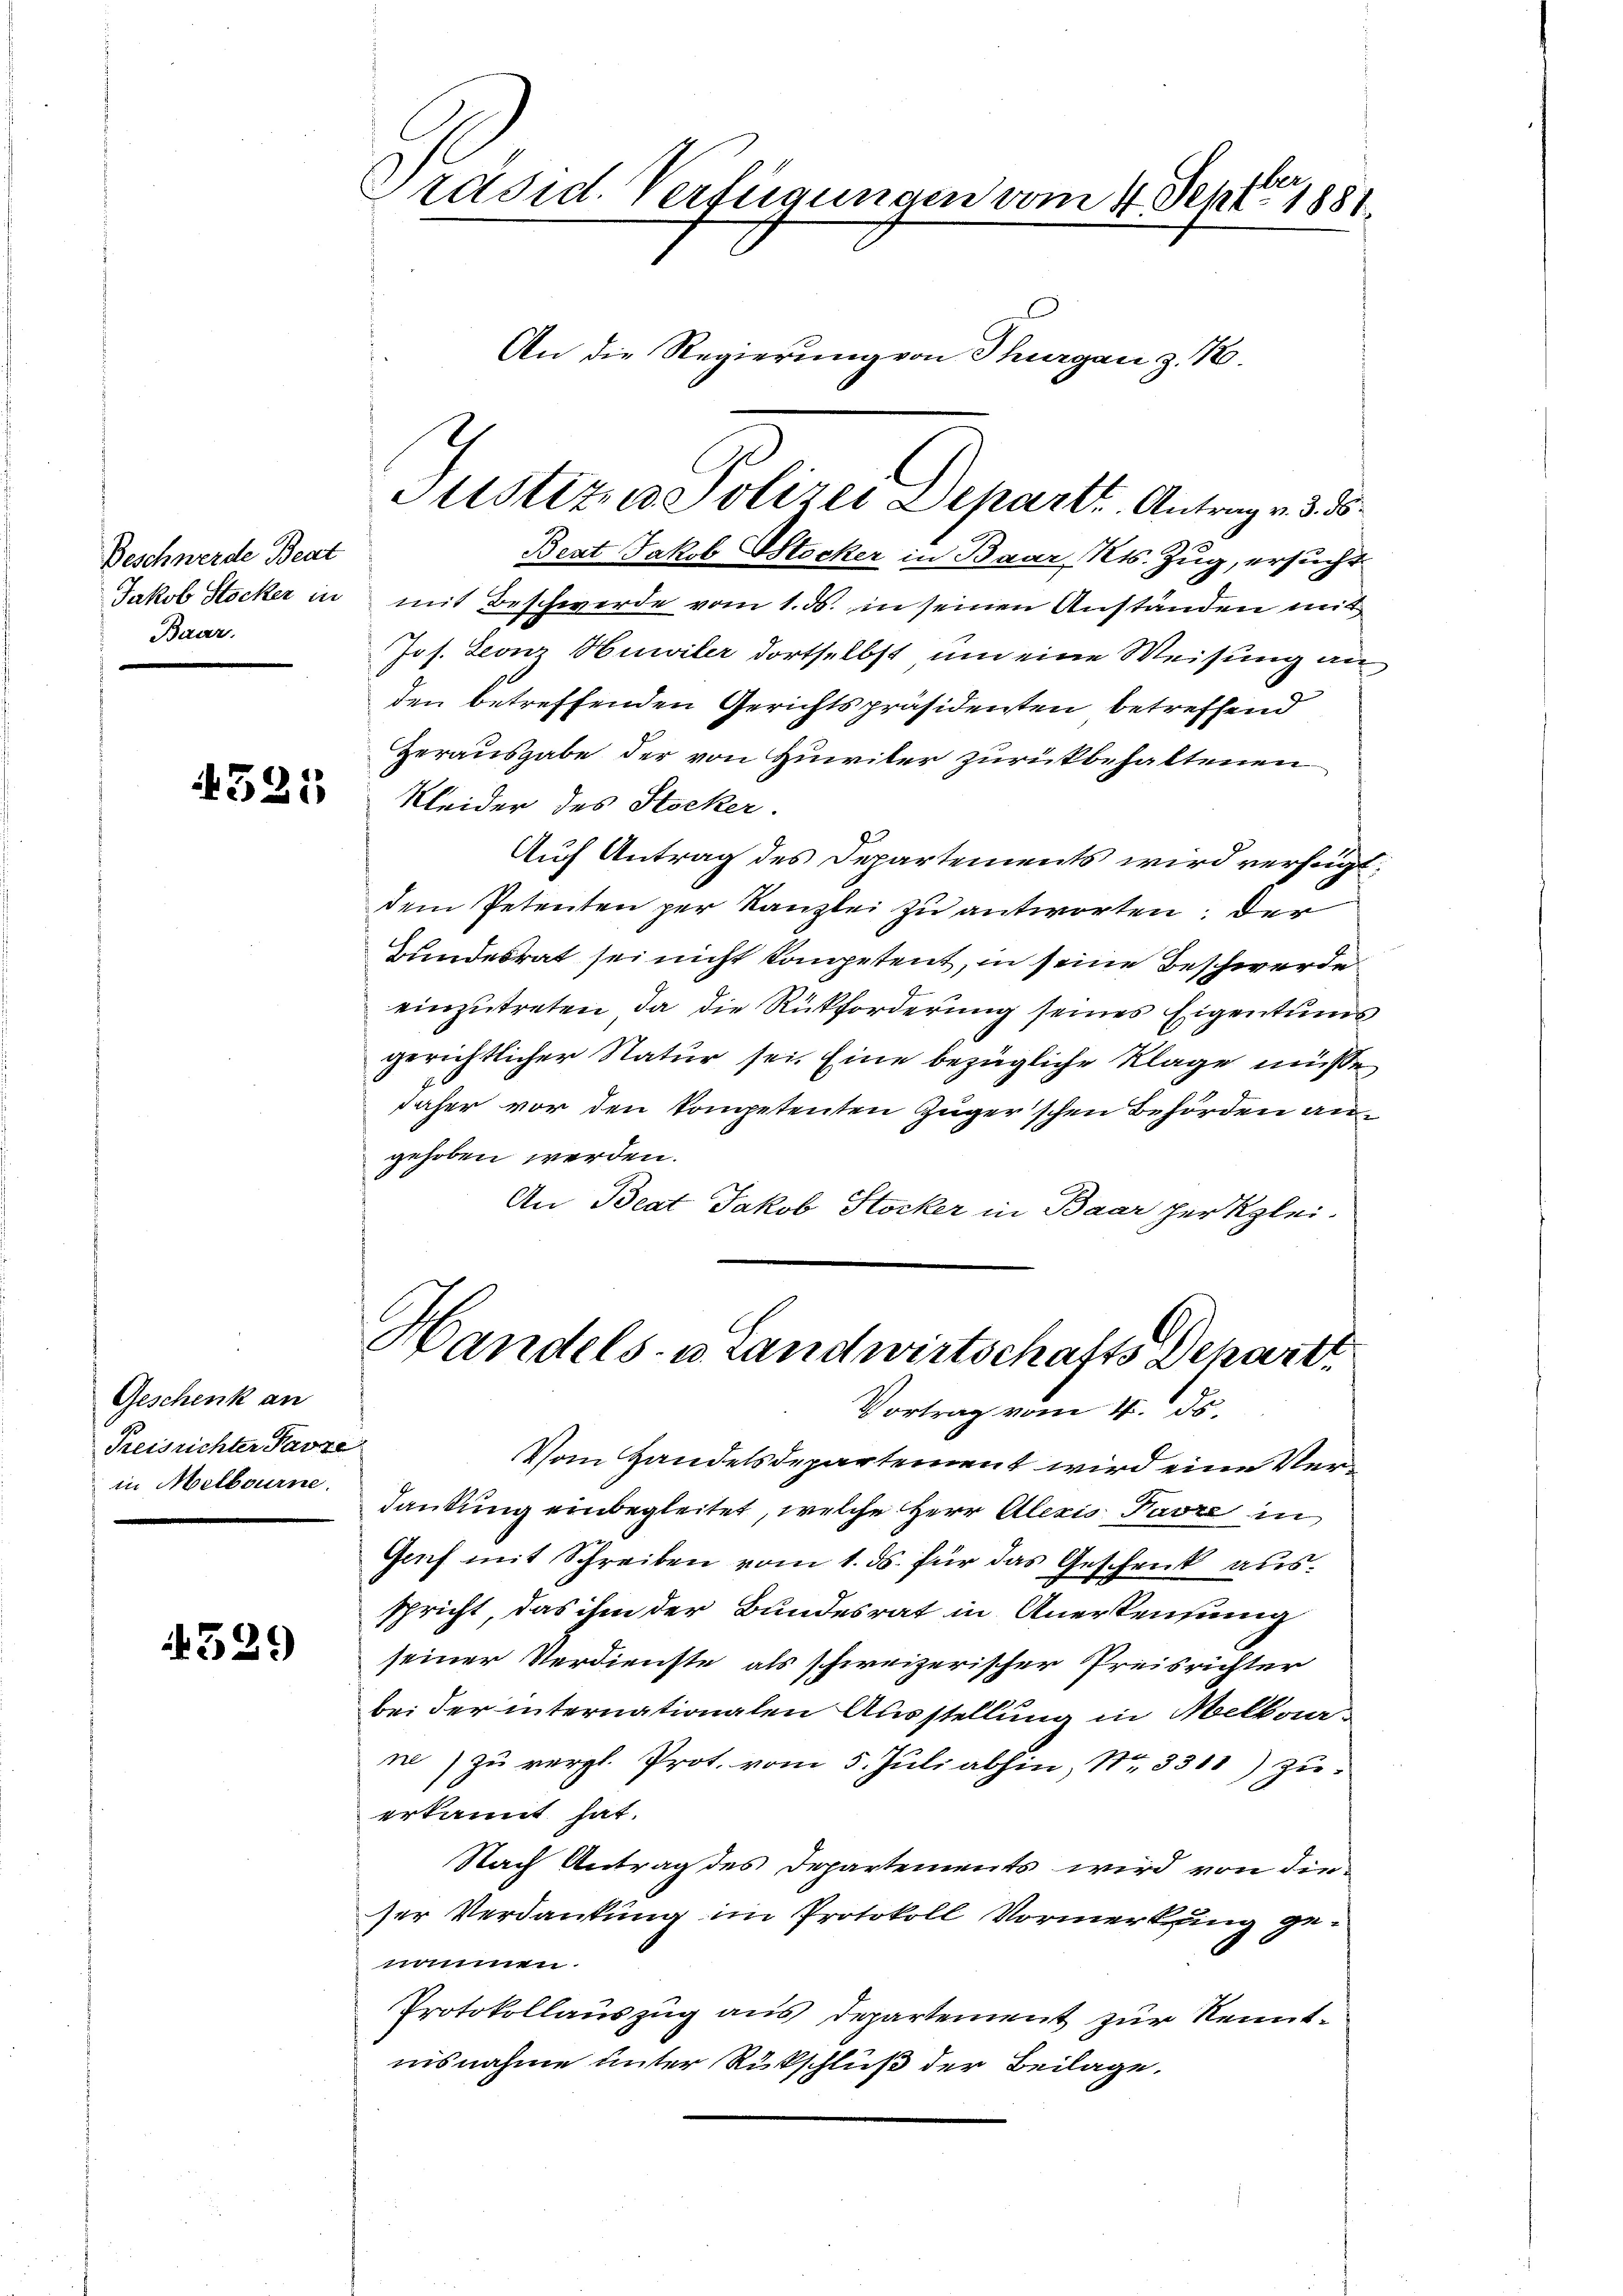
Beschwerde Beat
Jakob Stocker in
Baar.

321

Geschenk an
Freisrichter Parze
in Melbourne.

4329

.
räsid. Verfügungen vom 4. Septbr. 1881.

Beat Jakob Stocker in Baar Kts. Zug, ersucht
mit Beschwerde vom 1. ds. in seinen Anständen mit
Jos. Leonz Huwiler dortselbst um eine Weisung an
den betreffenden Gerichtspräsidenten betreffend
Herausgabe der von Zuwiter zurückbehaltenen
Kleider des Stocker.
Auch Antrag des Departements wird verfügt:
dem Petenten per Kanzlei zu antworten, der
Bundesrat sei nicht kompetent, in seine Beschwerde
J.
einzutreten, da die Rückforderung seines Eigentums
gerichtlicher Natur sei. Eine bezügliche Klage müsse
daher vor den kompetenten Zuger'schen Behörden angehoben werden.
An Beat Jakob Stocker in Baar her Klei¬
Handels- u. Landwirtschafts Schart

An die Regierung von Thurgau z. 18.

Justizza Polizei Depart, Antrag v. 3. ds.

Vortrag vom 4. ds.

Vom Handelsdepartement wird eine Verdankung einbegleitet, welche Herr Alexis Favre in
Genf mit Schreiben vom 1. ds. für das Geschenk ausspricht, das ihm der Bundesrat in Anerkennung
seiner Verdienste als schweizerischer Preisrichter
bei der internationalen Ausstellung in Melkaa-
ne) zu vergl. Prot. vom 5. Juli abhin, Nr. 3311) zu:
erkannt hat.
Nach Antrag des Departements wird von dieser Verdankung im Protokoll Vormerkung genusinen
Protokollauszug aus Departement zur Kenntnisnahme unter Rückschluß der Beilage.